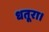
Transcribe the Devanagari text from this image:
धतूरा।